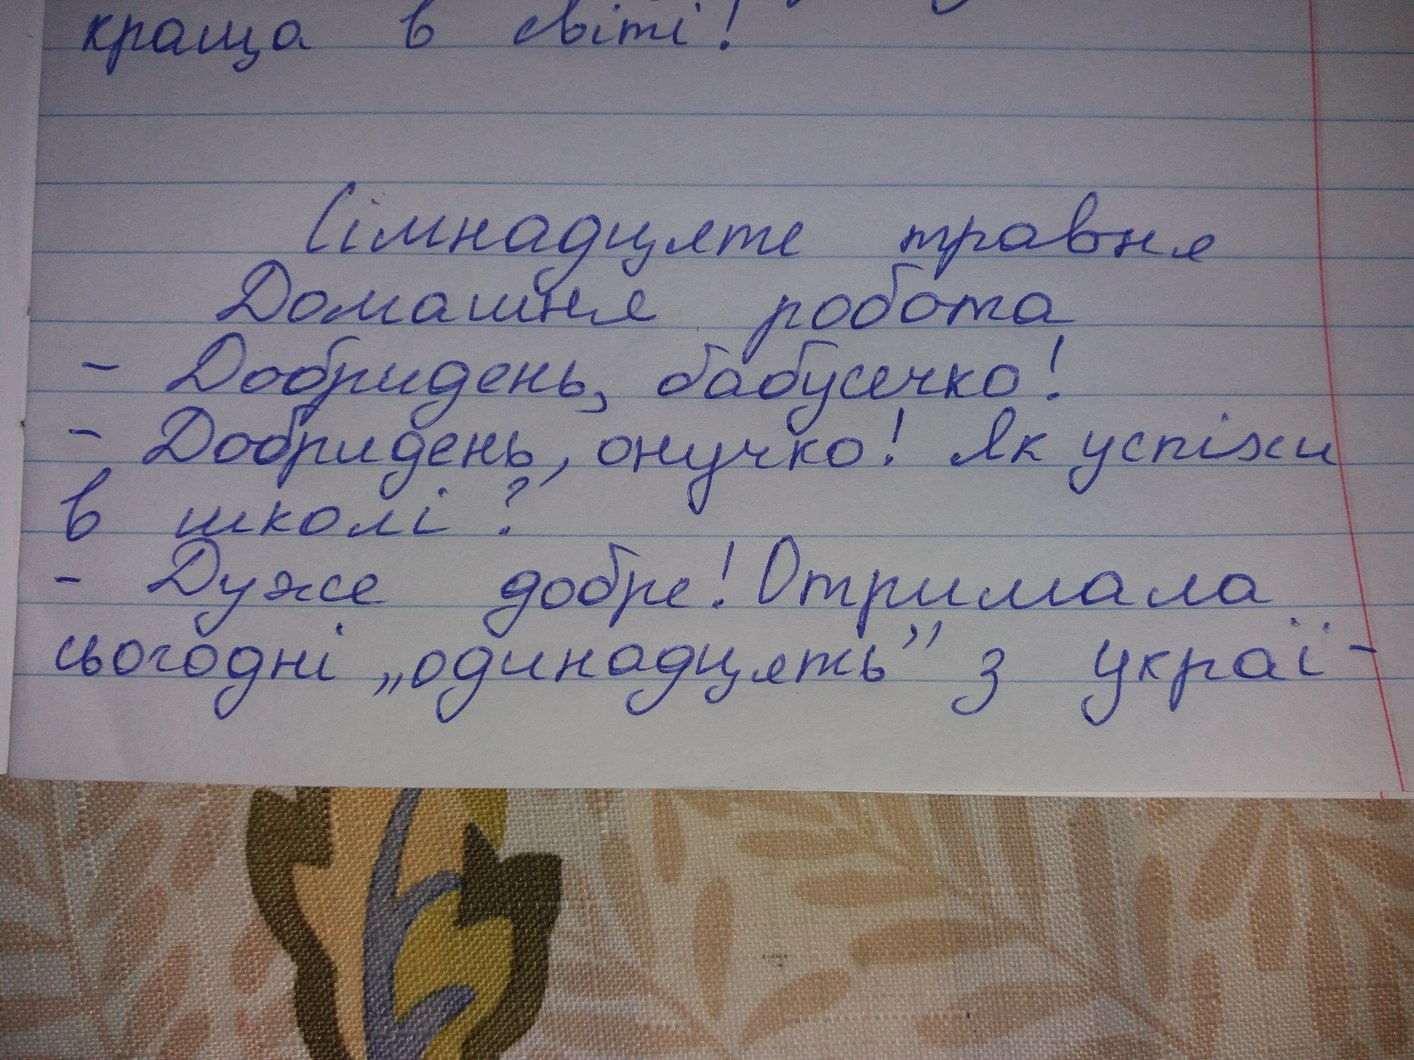
краща в світі!
Сімнадцяте травня
Домашня робота
- Добридень, бабусечко!
- Добридень, онучко! Як успіхи
в школі?
- Дуже добре! Отримала
сьогодні „одинадцять" з украї-